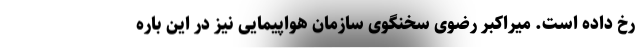
رخ داده است. میراکبر رضوی سخنگوی سازمان هواپیمایی نیز در این باره